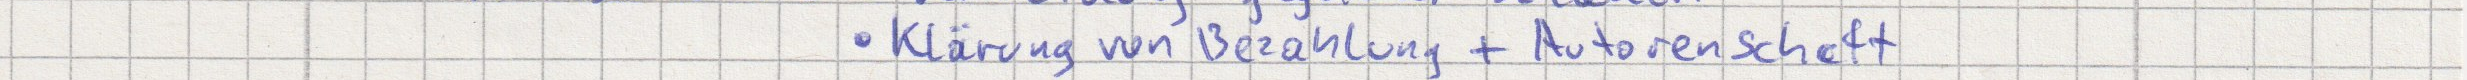
Klärung von Bezahlung + Autorenschaft